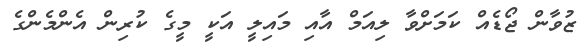
ޒުވާން ޖޯޑެއް ކަމަށްވާ ލިއަމް އާއި މައިލީ އަކީ މީގެ ކުރިން އެންމެންގެ